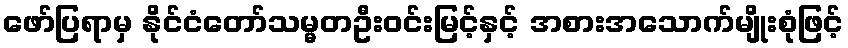
ဖော်ပြရာမှ နိုင်ငံတော်သမ္မတဦးဝင်းမြင့်နှင့် အစားအသောက်မျိုးစုံဖြင့်